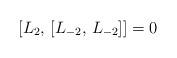
LaTeX: \begin{align*}[L_2, \, [L_{-2}, \,L_{-2}]] = 0\end{align*}